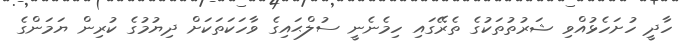
ހާދީ ހުށަހެޅުއްވި ޝަރުތުތަކުގެ ތެރޭގައި ހިމެނެނީ ސުލްޙައިގެ ވާހަކަތަކަށް ދިޔުމުގެ ކުރިން ޔަމަންގެ